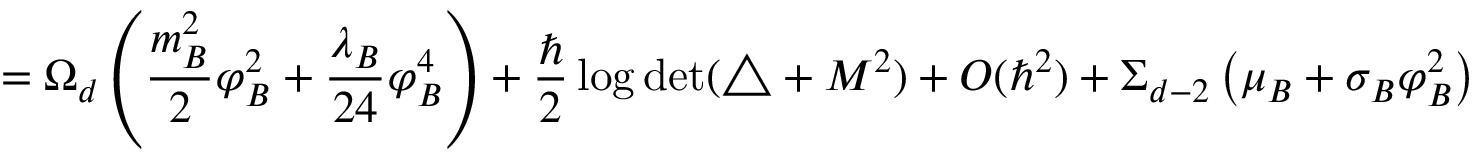
= \Omega _ { d } \left( { \frac { m _ { B } ^ { 2 } } { 2 } } \varphi _ { B } ^ { 2 } + { \frac { \lambda _ { B } } { 2 4 } } \varphi _ { B } ^ { 4 } \right) + { \frac { \hbar } { 2 } } \log \operatorname * { d e t } ( \triangle + M ^ { 2 } ) + O ( \hbar ^ { 2 } ) + \Sigma _ { d - 2 } \left( \mu _ { B } + \sigma _ { B } \varphi _ { B } ^ { 2 } \right)